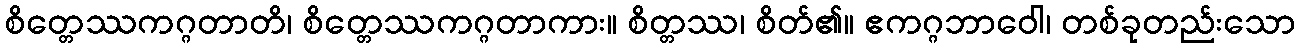
စိတ္တေဿကဂ္ဂတာတိ၊ စိတ္တေဿကဂ္ဂတာကား။ စိတ္တဿ၊ စိတ်၏။ ဧကဂ္ဂဘာဝေါ၊ တစ်ခုတည်းသော